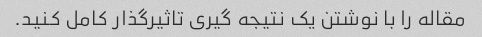
مقاله را با نوشتن یک نتیجه گیری تاثیرگذار کامل کنید.